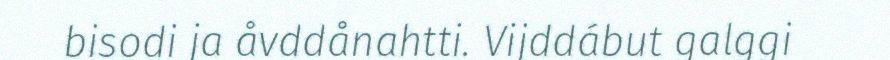
bisodi ja åvddånahtti. Vijddábut galggi